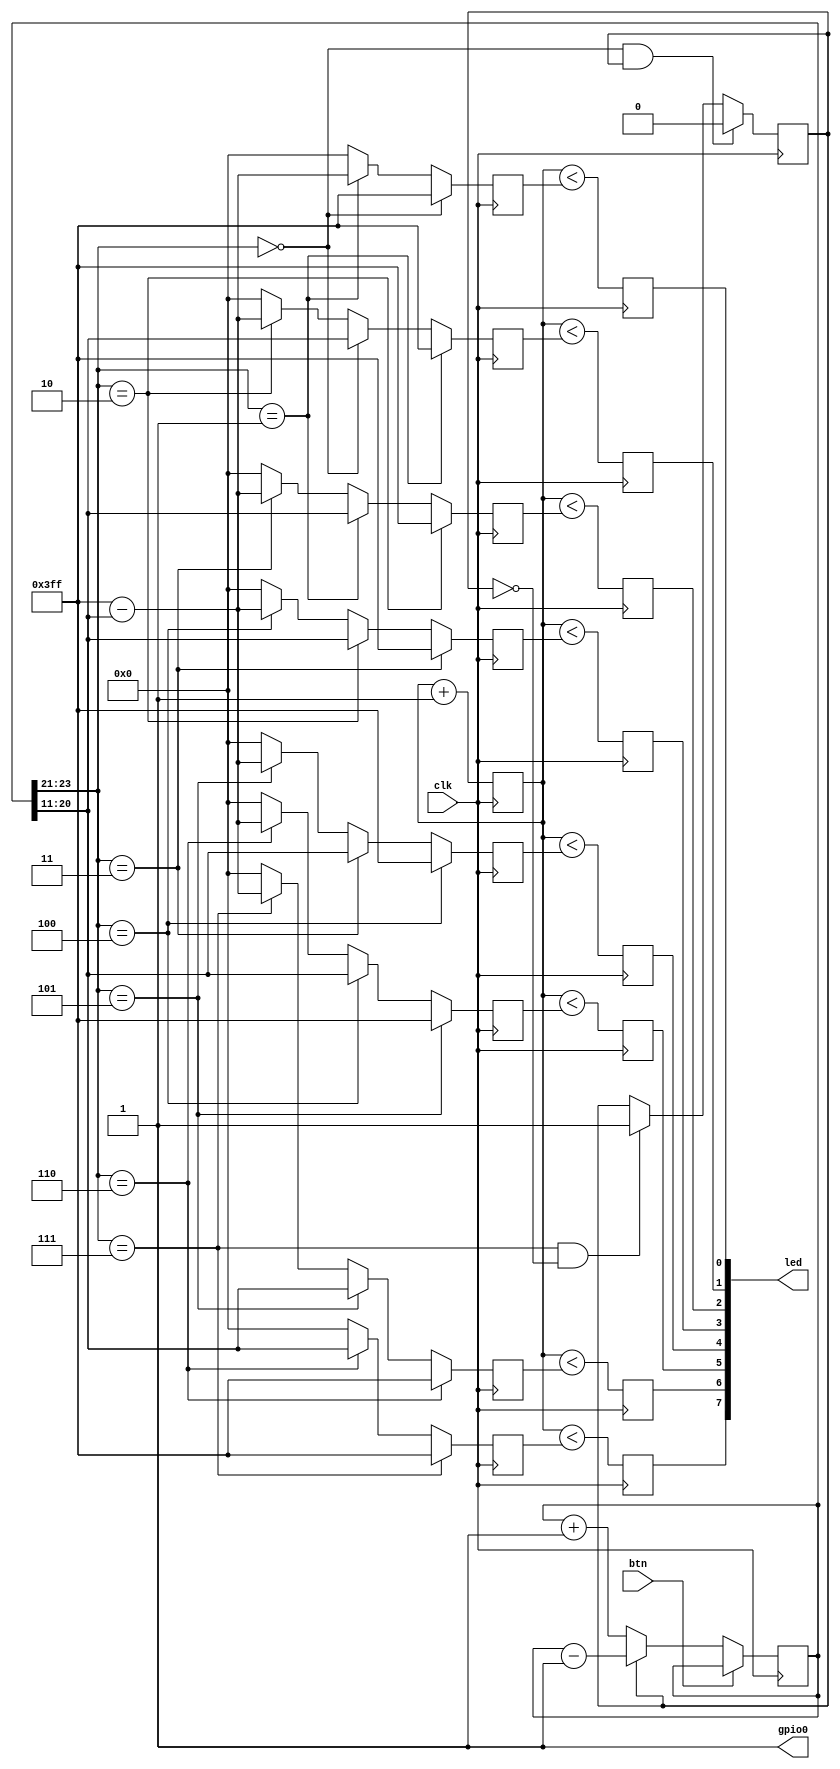
// Copyright (C) 2018 David Shah <david@symbioticeda.com>
// Copyright (C) 2018 Serge Bazanski <serge@bazanski.pl>
// 
// SPDX-License-Identifier: ISC

module top(input clk, input btn, output [7:0] led, output gpio0);
    localparam ctr_width = 24;
    localparam ctr_max = 2**ctr_width - 1;
    reg [ctr_width-1:0] ctr = 0;
    reg [9:0] pwm_ctr = 0;
    reg dir = 0;

    always@(posedge clk) begin
        ctr <= btn ? ctr : (dir ? ctr - 1'b1 : ctr + 1'b1);
        if (ctr[ctr_width-1 : ctr_width-3] == 0 && dir == 1)
            dir <= 1'b0;
        else if (ctr[ctr_width-1 : ctr_width-3] == 7 && dir == 0)
            dir <= 1'b1;
        pwm_ctr <= pwm_ctr + 1'b1;
    end

    reg [9:0] brightness [0:7];
    localparam bright_max = 2**10 - 1;
    reg [7:0] led_reg;

    genvar i;
    generate
        for (i = 0; i < 8; i=i+1) begin
            always @ (posedge clk) begin
                if (ctr[ctr_width-1 : ctr_width-3] == i)
                    brightness[i] <= bright_max;
                else if (ctr[ctr_width-1 : ctr_width-3] == (i - 1))
                    brightness[i] <= ctr[ctr_width-4:ctr_width-13];
                else if (ctr[ctr_width-1 : ctr_width-3] == (i + 1))
                    brightness[i] <= bright_max - ctr[ctr_width-4:ctr_width-13];
                else
                    brightness[i] <= 0;
                led_reg[i] <= pwm_ctr < brightness[i];
            end
        end
    endgenerate

    assign led = led_reg;

    // Tie GPIO0, keep board from rebooting
    assign gpio0 = 1'b1;

endmodule